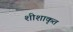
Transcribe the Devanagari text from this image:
शीशाकृत